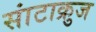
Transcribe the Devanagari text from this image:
सांटाक्रुज